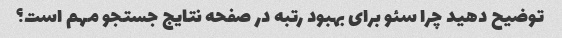
توضیح دهید چرا سئو برای بهبود رتبه در صفحه نتایج جستجو مهم است؟